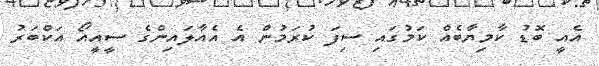
އެއީ ބޮޑު ކާމިޔާބެއް ކަމުގައި ސިފަ ކުރަމުން އެ އެއާލައިންގެ ސީއީއޯ އަކްބަރު